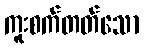
ကူးစက်တတ်သော